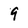
Character: 9